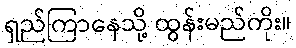
ရှည်ကြာနေသို့ ထွန်းမည်ကိုး။